Board of Education Examinations in Art and in Science and Technology, and Examinations of the City and Guilds of London Institute, 1918, 1918
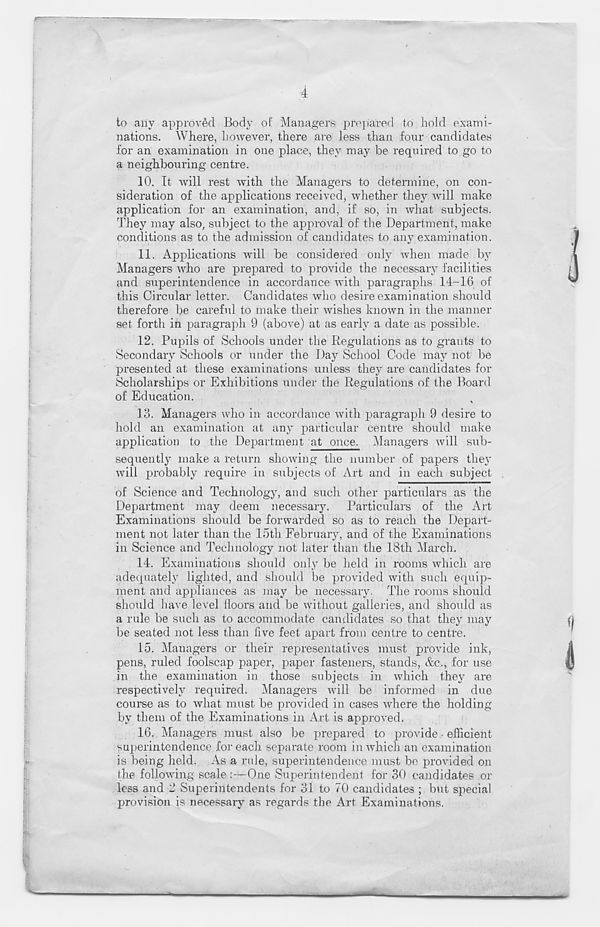
4
to any approved Body of Managers prepared to hold exami-
nations. Where, however, there are less than four candidates
for an examination in one place, they may be required to go to
a neighbouring centre.
10. It will rest with the Managers to determine, on con-
sideration of the applications received, whether they will make
application for an examination, and, if so, in what subjects.
They may also, subject to the approval of the Department, make
conditions as to the admission of candidates to any examination.
11. Applications will be considered only when made by
Managers who are prepared to provide the necessary facilities
and superintendence in accordance with paragraphs 14-16 of
this Circular letter. Candidates who desire examination sliould
therefore be careful to make their wishes known in the manner
set forth in paragraph 9 (above) at as early a date as possible.
12. Pupils of Schools under the Regulations as to grants to
Secondary Schools or under the Day School Code may not be
presented at these examinations unless they are candidates for
Scholarships or Exhibitions under the Regulations of the Board
of Education.
13. Managers who in accordance with paragraph 9 desire to
hold an examination at any particular centre should make
application to the Department at once. Managers will sub-
sequently make a return showing the number of papers they
will probably require in subjects of Art and in each subject
of Science and Technology, and such other particulars as the
Department may deem necessary. Particulars of the Art
Examinations should be forwarded so as to reach the Depart-
ment not later than the 15th February, and of the Examinations
in Science and Technology not later than the 18th March.
14. Examinations should only be held in rooms which are
adequately lighted, and should be provided with such equip-
ment and appliances as may be necessary. The rooms should
should have level floors and be without galleries, and should as
a rule be such as to accommodate candidates so that they may
be seated not less than five feet apart from centre to centre.
15. Managers or their representatives must provide ink,
pens, ruled foolscap paper, paper fasteners, stands, &c., for use
in the examination in those subjects in which they are
respective^ required. Managers will be informed in due
course as to what must be provided in cases where the holding
by them of the Examinations in Art is approved.
16. Managers must also be prepared to provide • efficient
superintendence for each separate room in which an examination
is being held. As a rule, superintendence must bo provided on
the following scale
One Superintendent for 30 candidates or
less and 2 Superintendents for 31 to 70 candidates ; but special
provision is necessary as regards the Art Examinations.
M
-